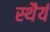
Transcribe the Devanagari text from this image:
स्‍थैर्य